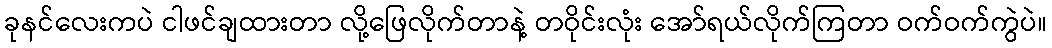
ခုနင်လေးကပဲ ငါဖင်ချထားတာ လို့ဖြေလိုက်တာနဲ့ တဝိုင်းလုံး အော်ရယ်လိုက်ကြတာ ဝက်ဝက်ကွဲပဲ။